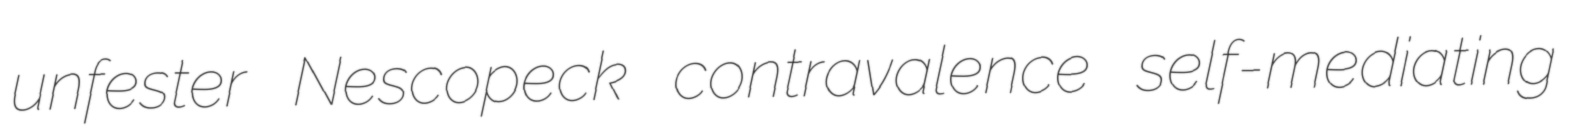
unfester Nescopeck contravalence self-mediating